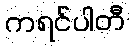
ကရင်ပါတီ